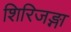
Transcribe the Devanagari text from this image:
शिरिजङ्गा